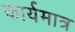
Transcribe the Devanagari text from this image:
कार्यमात्र